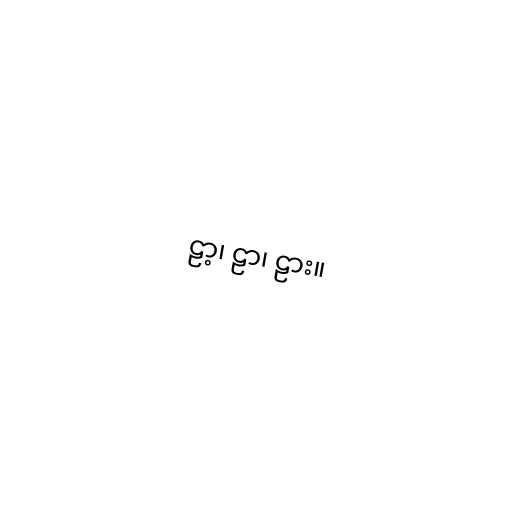
ဠာ့၊ ဠာ၊ ဠား။